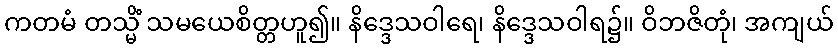
ကတမံ တသ္မိံ သမယေစိတ္တဟူ၍။ နိဒ္ဒေသဝါရေ၊ နိဒ္ဒေသဝါရ၌။ ဝိဘဇိတုံ၊ အကျယ်